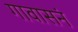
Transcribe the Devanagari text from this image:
गावासनं